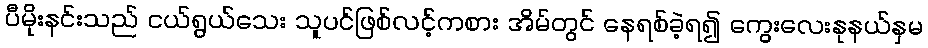
ပီမိုးနင်းသည် ငယ်ရွယ်သေး သူပင်ဖြစ်လင့်ကစား အိမ်တွင် နေရစ်ခဲ့ရ၍ ကွေးလေးနုနယ်နှမ